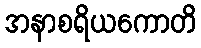
အနာစရိယကောတိ